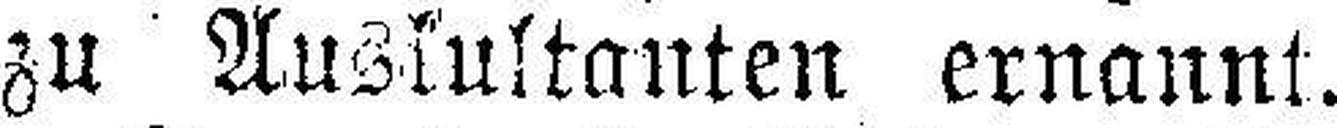
zu Auskultanten ernannt.